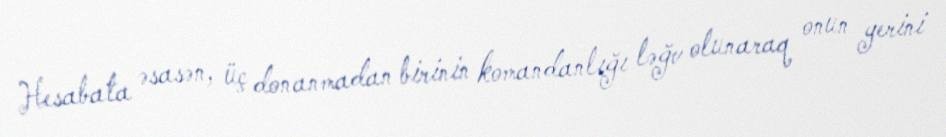
Hesabata əsasən, üç donanmadan birinin komandanlığı ləğv olunaraq onun yerini